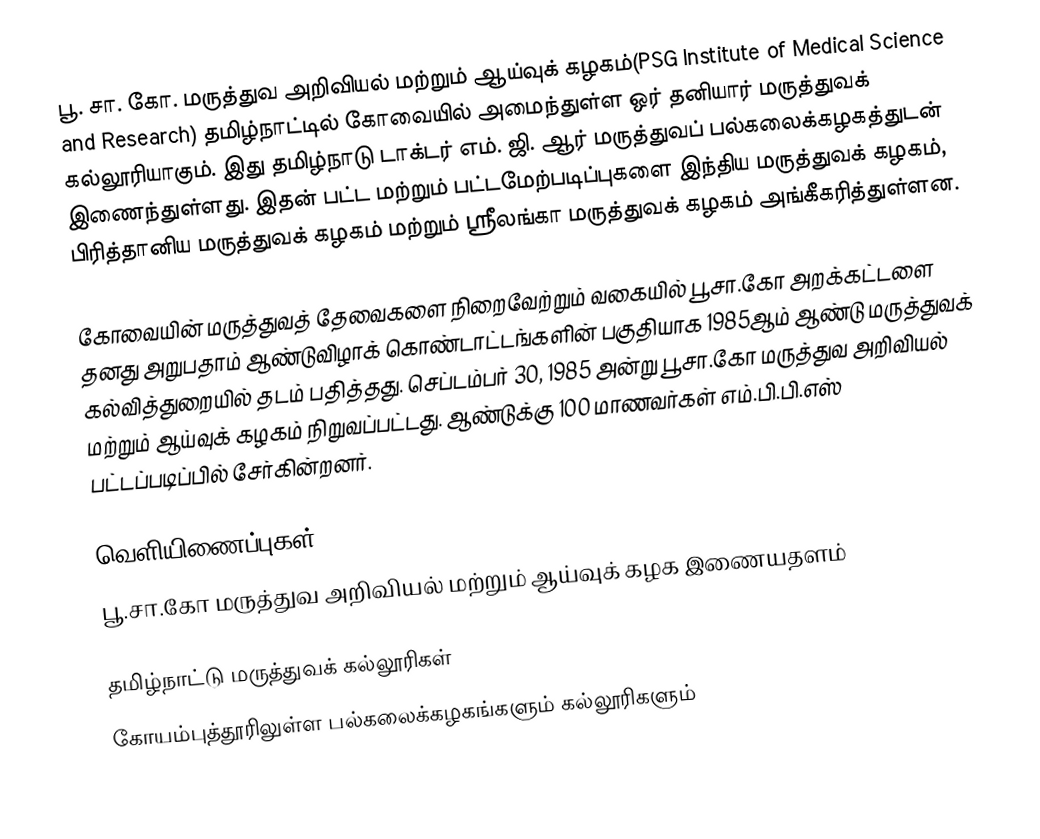
பூ. சா. கோ. மருத்துவ அறிவியல் மற்றும் ஆய்வுக் கழகம்(PSG Institute of Medical Science and Research) தமிழ்நாட்டில் கோவையில் அமைந்துள்ள ஒர் தனியார் மருத்துவக் கல்லூரியாகும். இது தமிழ்நாடு டாக்டர் எம். ஜி. ஆர் மருத்துவப் பல்கலைக்கழகத்துடன் இணைந்துள்ளது. இதன் பட்ட மற்றும் பட்டமேற்படிப்புகளை இந்திய மருத்துவக் கழகம், பிரித்தானிய மருத்துவக் கழகம் மற்றும் ஸ்ரீலங்கா மருத்துவக் கழகம்  அங்கீகரித்துள்ளன.

கோவையின் மருத்துவத் தேவைகளை நிறைவேற்றும் வகையில் பூ.சா.கோ அறக்கட்டளை தனது அறுபதாம் ஆண்டுவிழாக் கொண்டாட்டங்களின் பகுதியாக 1985ஆம் ஆண்டு மருத்துவக் கல்வித்துறையில் தடம் பதித்தது. செப்டம்பர் 30, 1985 அன்று பூ.சா.கோ மருத்துவ அறிவியல் மற்றும் ஆய்வுக் கழகம் நிறுவப்பட்டது. ஆண்டுக்கு 100 மாணவர்கள் எம்.பி.பி.எஸ் பட்டப்படிப்பில் சேர்கின்றனர்.

வெளியிணைப்புகள்
 பூ.சா.கோ மருத்துவ அறிவியல் மற்றும் ஆய்வுக் கழக இணையதளம்

தமிழ்நாட்டு மருத்துவக் கல்லூரிகள்
கோயம்புத்தூரிலுள்ள பல்கலைக்கழகங்களும் கல்லூரிகளும்